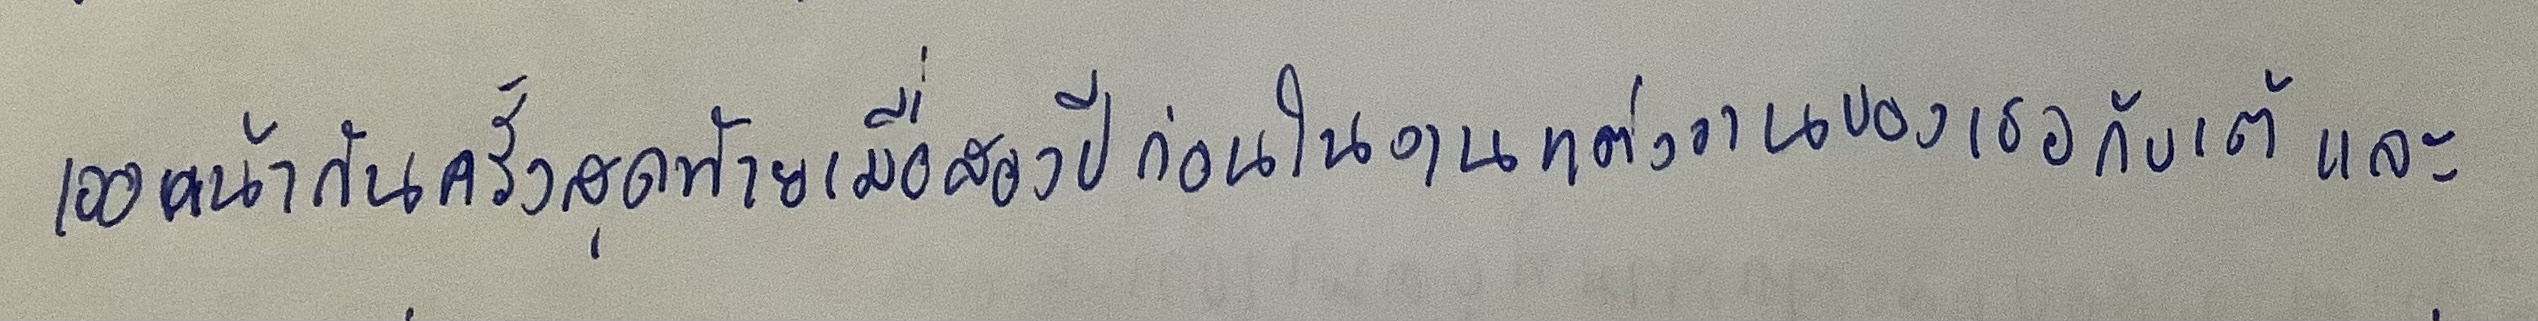
เจอหน้ากันครั้งสุดท้ายเมื่อสองปีก่อนในงานแต่งงานของเธอกับเต้และ